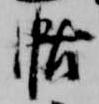
帖